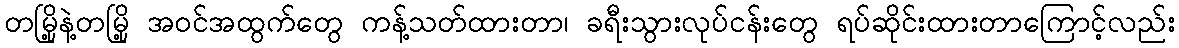
တမြို့နဲ့တမြို့ အဝင်အထွက်တွေ ကန့်သတ်ထားတာ၊ ခရီးသွားလုပ်ငန်းတွေ ရပ်ဆိုင်းထားတာကြောင့်လည်း